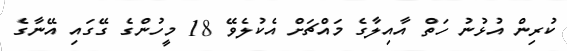
ކުރިން އުޅުނު ހަތް އާއިލާގެ މައްޗަށް އެކުލެވޭ 18 މީހުންގެ ގޭގައި އޭނާގެ